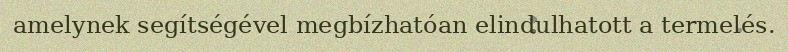
amelynek segítségével megbízhatóan elindulhatott a termelés.